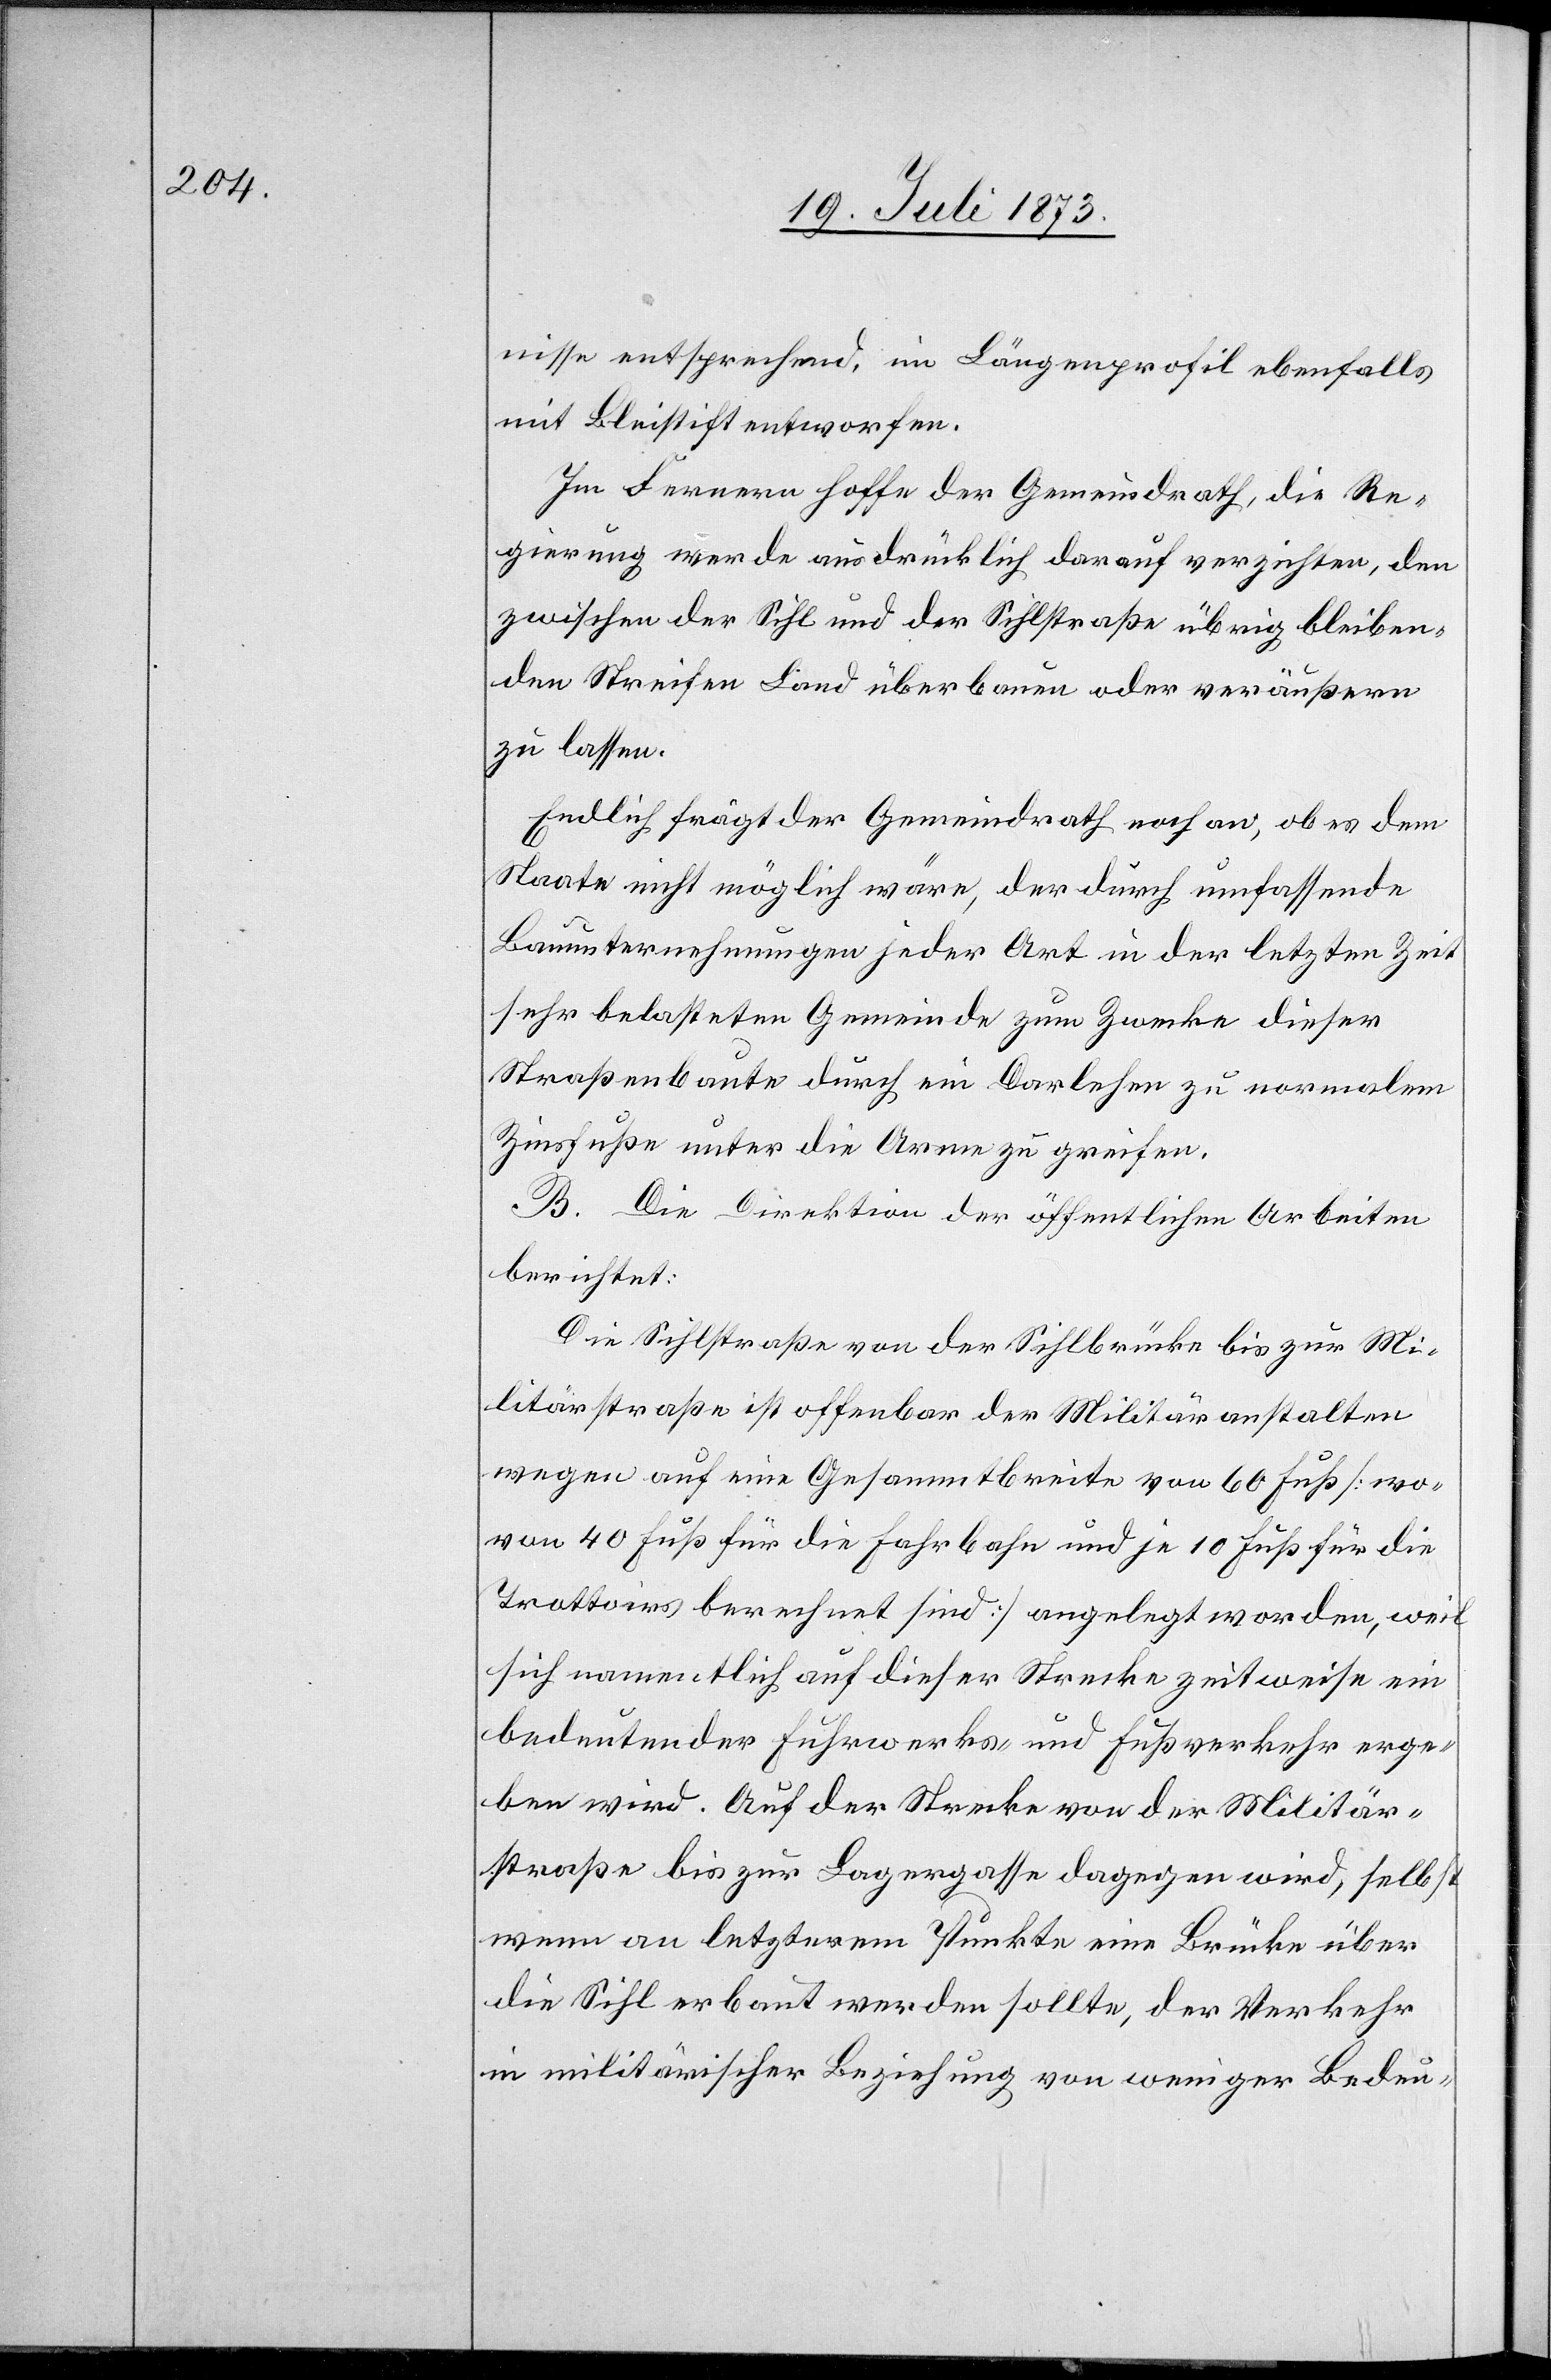
nisse entsprechend, im Längenprofil ebenfalls
mit Bleistift entworfen.
Im Fernern hoffe der Gemeindrath, die Re¬
gierung werde ausdrücklich darauf verzichten, den
zwischen der Sihl und der Sihlstraße übrig bleiben¬
den Streifen Land überbauen oder veräußern
zu lassen.
Endlich frägt der Gemeindrath noch an, ob es dem
Staate nicht möglich wäre, der durch umfassende
Bauunternehmungen jeder Art in der letzten Zeit
sehr belasteten Gemeinde zum Zwecke dieser
Straßenbaute durch ein Darlehen zu normalem
Zinsfuße unter die Arme zu greifen.
B. Die Direktion der öffentlichen Arbeiten
berichtet:
Die Sihlstraße von der Sihlbrücke bis zur Mi¬
litärstraße ist offenbar der Militäranstalten
wegen auf eine Gesammtbreite von 60 Fuß [wo¬
von 40 Fuß für die Fahrbahn und je 10 Fuß für die
Trottoirs berechnet sind] angelegt worden, weil
sich namentlich auf dieser Strecke zeitweise ein
bedeutender Fuhrwerks- und Fußverkehr erge¬
ben wird. Auf der Strecke von der Militär¬
straße bis zur Lagergasse dagegen wird, selbst
wenn an letzterem Punkte eine Brücke über
die Sihl erbaut werden sollte, der Verkehr
in militärischer Beziehung von weniger Bedeu-